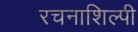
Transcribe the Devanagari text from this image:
रचनाशिल्पी